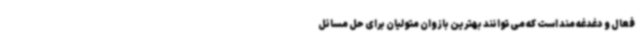
فعال و ‌دغدغه مند است که می‌توانند بهترین بازوان متولیان برای حل مسائل